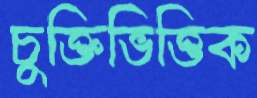
চুক্তিভিত্তিক